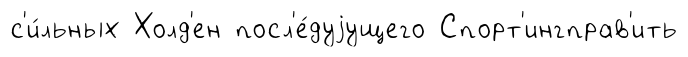
с'и́льных Холд'ен посл'е́дуjущего Спорт'ингправ'ить